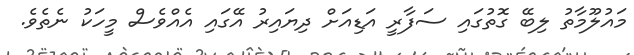
މައުލޫމާތު ލިބޭ ގޮތުގައި ސަފާރީ އަޑިއަށް ދިޔައިރު އޭގައި އެއްވެސް މީހަކު ނެތެވެ.